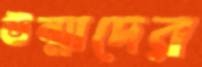
উন্মাদের